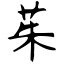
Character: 茱